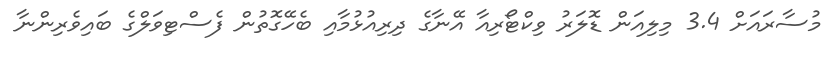
މުސާރައަށް 3.4 މިލިއަން ޑޮލަރު ވިކްޓޯރިއާ އޭނާގެ ދިރިއުޅުމާއި ބެހޭގޮތުން ފެސްޓިވަލްގެ ބައިވެރިންނާ